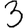
Digit: 3